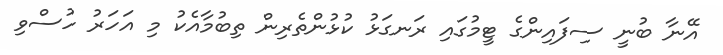
އޭނާ ބުނީ ސިފައިންގެ ޓީމުގައި ރަނގަޅު ކުޅުންތެރިން ތިބުމާއެކު މި އަހަރު ހުސްވި